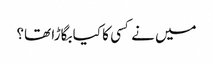
میں نے کسی کا کیا بگاڑا تھا؟